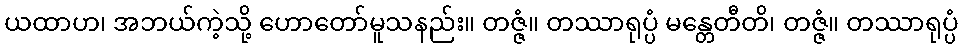
ယထာဟ၊ အဘယ်ကဲ့သို့ ဟောတော်မူသနည်း။ တဇ္ဇံ။ တဿာရုပ္ပံ မန္တေတီတိ၊ တဇ္ဇံ။ တဿာရုပ္ပံ